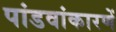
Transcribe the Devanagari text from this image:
पांडवांकारणें